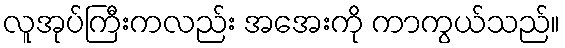
လူအုပ်ကြီးကလည်း အအေးကို ကာကွယ်သည်။